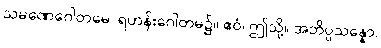
သမဏေဂေါတမေ၊ ရဟန်းဂေါတမ၌။ ဧဝံ၊ ဤသို့။ အဘိပ္ပသန္နော၊